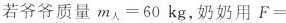
若爷爷质量 $$m _ { 人 } = 6 0 k g$$，奶奶用 $$F =